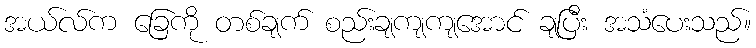
အယ်လ်က ခြေကို တစ်ချက် စည်းချကျကျအောင် ချပြီး အသံပေးသည်။